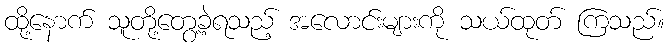
ထို့နောက် သူတို့တွေ့ခဲ့ရသည့် အလောင်းများကို သယ်ထုတ် ကြသည်။